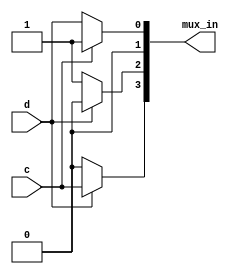
module top_module (
    input c,
    input d,
    output [3:0] mux_in
);  //  (s ? a : b)
      
    assign mux_in[0] = c ? 1 : d;
    assign mux_in[1] = 0;
    assign mux_in[2] = d ? 0 : 1;
    assign mux_in[3] = d ? c : 0;
  
endmodule